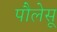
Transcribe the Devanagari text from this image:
पौलेसू